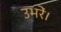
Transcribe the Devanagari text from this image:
उभरें।